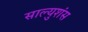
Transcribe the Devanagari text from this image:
साल्युशंस